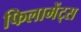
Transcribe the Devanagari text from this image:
फिलामेंट्स